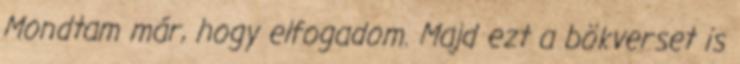
Mondtam már, hogy elfogadom. Majd ezt a bökverset is